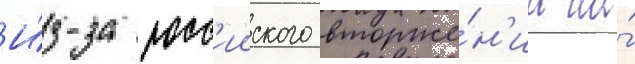
И́з-за росс'ииского вторже́н'иа на́